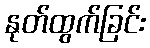
နုတ်ထွက်ခြင်း